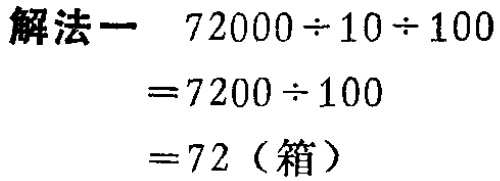
\[

\begin{align*}

&72000\div10\div100\\

=&7200\div100\\

=&72（箱）

\end{align*}

\]